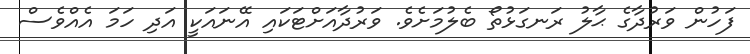
ފަހުން ވަރުދާގެ ޙާލު ރަނގަޅުތޯ ބެލުމަށެވެ. ވަރުދާއަށްޓަކައި އޭނައަކީ އަދި ހަމަ އެއްވެސް